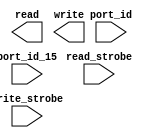
`timescale 1ns / 1ps
//////////////////////////////////////////////////////////////////////////////////
// Company: 
// Engineer: 
// 
// Design Name: 
// Module Name: ADRS_DECODE
// Project Name: 
// Target Devices: 
// Tool Versions: 
// Description: 
// 
// Dependencies: 
// 
// Revision:
// Revision 0.01 - File Created
// Additional Comments:
// 
//////////////////////////////////////////////////////////////////////////////////


module ADRS_DECODE(
    input write_strobe,
    input read_strobe,
    input port_id_15,
    input [2:0] port_id,
    output [7:0] read,
    output [7:0] write
    );
    
    //always@(*)
      //  if(port_id_15 && write_strobe)
    
    
endmodule